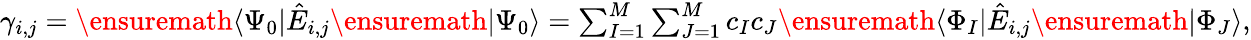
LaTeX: \begin{array}{r}{\gamma_{i,j}=\ensuremath{\langle\Psi_{0}\vert}\hat{E}_{i,j}\ensuremath{\vert\Psi_{0}\rangle}=\sum_{I=1}^{M}\sum_{J=1}^{M}c_{I}c_{J}\ensuremath{\langle\Phi_{I}\vert}\hat{E}_{i,j}\ensuremath{\vert\Phi_{J}\rangle},}\end{array}